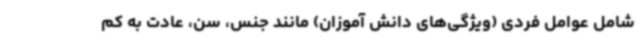
شامل عوامل فردی (ویژگی‌های دانش آموزان) مانند جنس، سن، عادت به کم